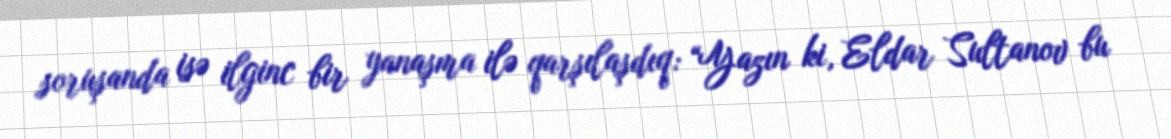
soruşanda isə ilginc bir yanaşma ilə qarşılaşdıq: “Yazın ki, Eldar Sultanov bu